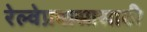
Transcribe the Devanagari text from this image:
रेल्वेप्रवासासाठी